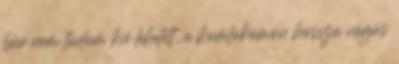
bár nem tudom kié lehetett, a homlokomon hosszú vágás